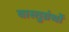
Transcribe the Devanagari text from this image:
वास्तुग्रंथों